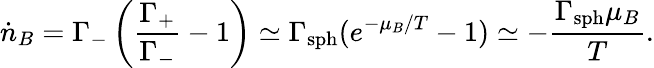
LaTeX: {\dot{n}}_{B}=\Gamma_{-}\left({\frac{\Gamma_{+}}{\Gamma_{-}}}-1\right)\simeq\Gamma_{\mathrm{sph}}({e}^{-\mu_{B}/T}-1)\simeq-{\frac{\Gamma_{\mathrm{sph}}\mu_{B}}{T}}.